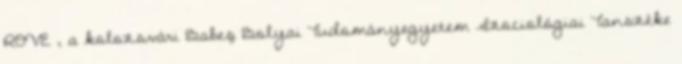
ROVE , a kolozsvári Babeş Bolyai Tudományegyetem Szociológiai Tanszéke